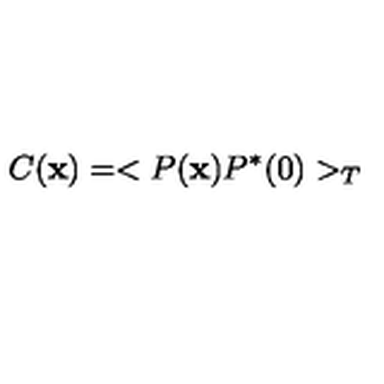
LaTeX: C ( { \bf x } ) = < P ( { \bf x } ) P ^ { * } ( 0 ) > _ { T }